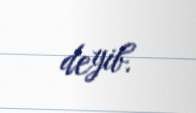
deyib.